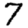
Digit: 7